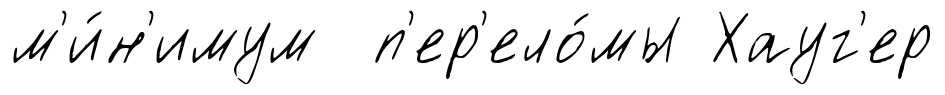
м'и́н'имум п'ер'ело́мы Хауг'ер